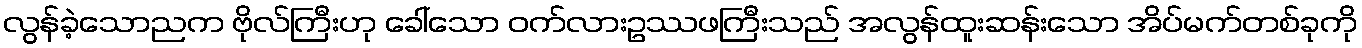
လွန်ခဲ့သောညက ဗိုလ်ကြီးဟု ခေါ်သော ဝက်လားဥဿဖကြီးသည် အလွန်ထူးဆန်းသော အိပ်မက်တစ်ခုကို